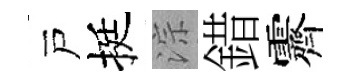
戸挺淙錯霽